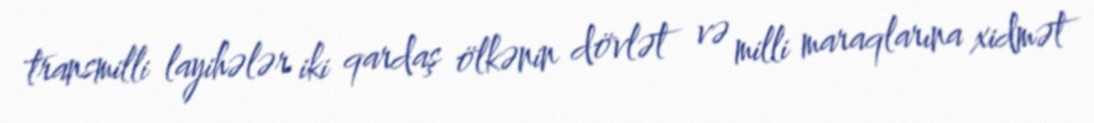
transmilli layihələr iki qardaş ölkənin dövlət və milli maraqlarına xidmət